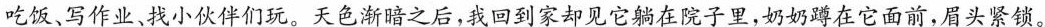
吃饭，写作业、找小伙伴们玩。天色渐暗之后，我回到家却见它躺在院子里，奶奶蹲在它面前，眉头紧锁。